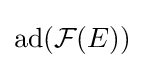
\operatorname {ad} ({\mathcal {F}}(E))